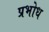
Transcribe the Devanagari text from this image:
प्रभोध